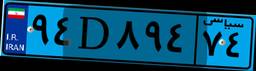
۴۲D۲۸۹۴۷